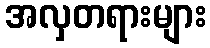
အလှတရားများ